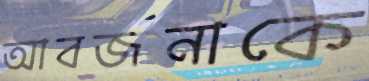
আবর্জনাকে